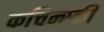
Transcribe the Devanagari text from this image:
कचिन्स्की